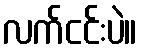
လက်ငင်းပဲ။